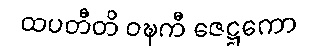
ထပတီတိ ဝဍ္ဎကီ ဇေဋ္ဌကော